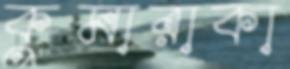
কুমারাকা